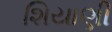
શિયાણી